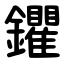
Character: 鑺